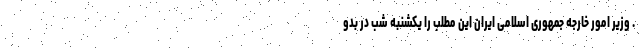
. وزیر امور خارجه جمهوری اسلامی ایران این مطلب را یکشنبه شب در بدو